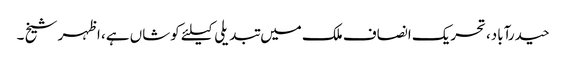
حیدرآباد،تحریک انصاف ملک میں تبدیلی کیلئے کوشاں ہے، اظہر شیخ ۔